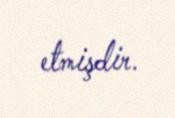
etmişdir.